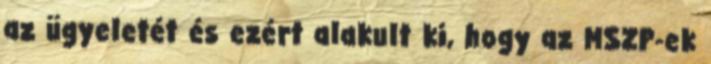
az ügyeletét és ezért alakult ki, hogy az MSZP-ek